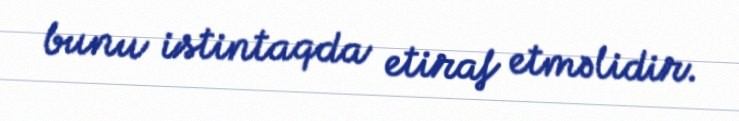
bunu istintaqda etiraf etməlidir.